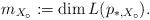
LaTeX: \begin{align*}m_{X_\circ} := \dim L(p_{*,X_\circ}).\end{align*}